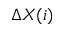
\Delta X ( i )